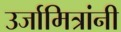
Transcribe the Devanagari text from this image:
उर्जामित्रांनी